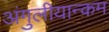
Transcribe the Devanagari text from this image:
अंगुलीयान्कम